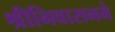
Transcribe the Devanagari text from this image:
श्रीनिवासनने